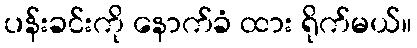
ပန်းခင်းကို နောက်ခံ ထား ရိုက်မယ်။